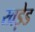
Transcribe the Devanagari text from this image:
खड़ेड